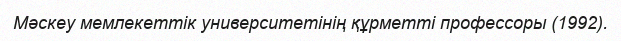
Мәскеу мемлекеттік университетінің құрметті профессоры (1992).